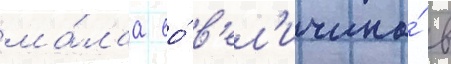
ма́лаа ео́ в'ел'ичина́ в